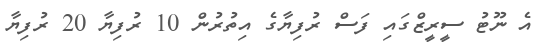
އެ ނޫޓު ސީރީޒްގައި ފަސް ރުފިޔާގެ އިތުރުން 10 ރުފިޔާ 20 ރުފިޔާ